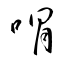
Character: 喟